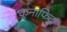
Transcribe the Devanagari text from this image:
कूनाफिदा